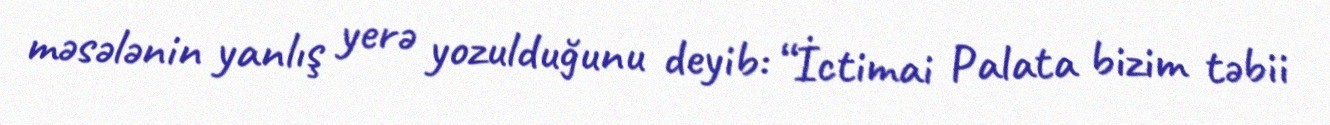
məsələnin yanlış yerə yozulduğunu deyib: “İctimai Palata bizim təbii